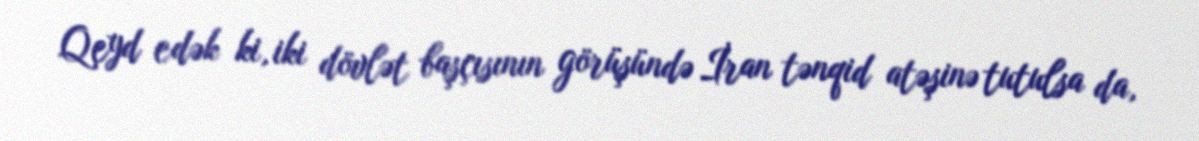
Qeyd edək ki, iki dövlət başçısının görüşündə İran tənqid atəşinə tutulsa da,